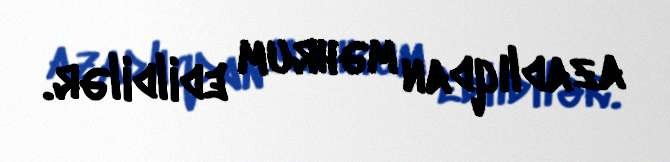
azadlıqdan məhrum edildilər.